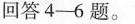
回答4-6题。